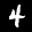
Label: 4